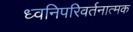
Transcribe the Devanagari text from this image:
ध्वनिपरिवर्तनात्मक